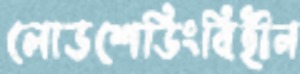
লোডশেডিংবিহীন